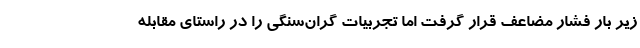
زیر بار فشار مضاعف قرار گرفت اما تجربیات گران‌سنگی را در راستای مقابله